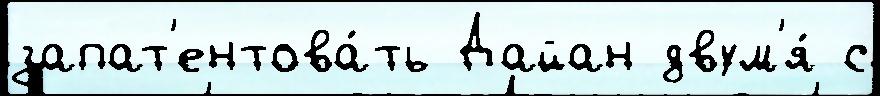
запат'ентова́ть Дайан двум'я́ с